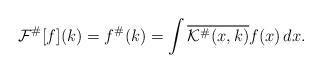
LaTeX: \begin{align*}\mathcal{F}^\# [f](k) = f^\#(k) = \int \overline{\mathcal{K}^\#(x,k)} f(x)\,dx.\end{align*}